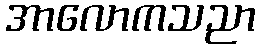
အာလောကသညာ